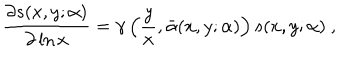
\frac { \partial s ( x , y ; \alpha ) } { \partial \ln x } = \gamma \left( \frac { y } { x } , \bar { \alpha } ( x , y ; \alpha ) \right) s ( x , y ; \alpha ) ~ ,